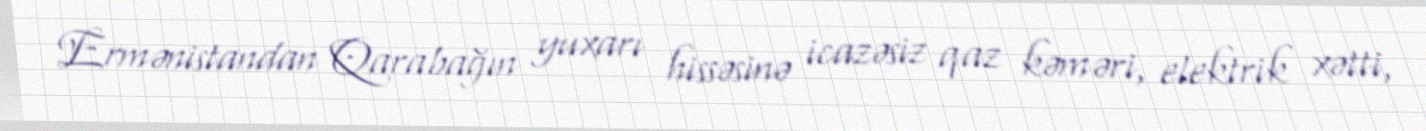
Ermənistandan Qarabağın yuxarı hissəsinə icazəsiz qaz kəməri, elektrik xətti,